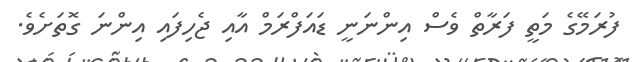
ފުރަމޭގެ މަތީ ފަރާތް ވެސް އިންނަނީ ޑައަފްރަމް އާއި ޖެހިފައި އިންނަ ގޮތަށެވެ.